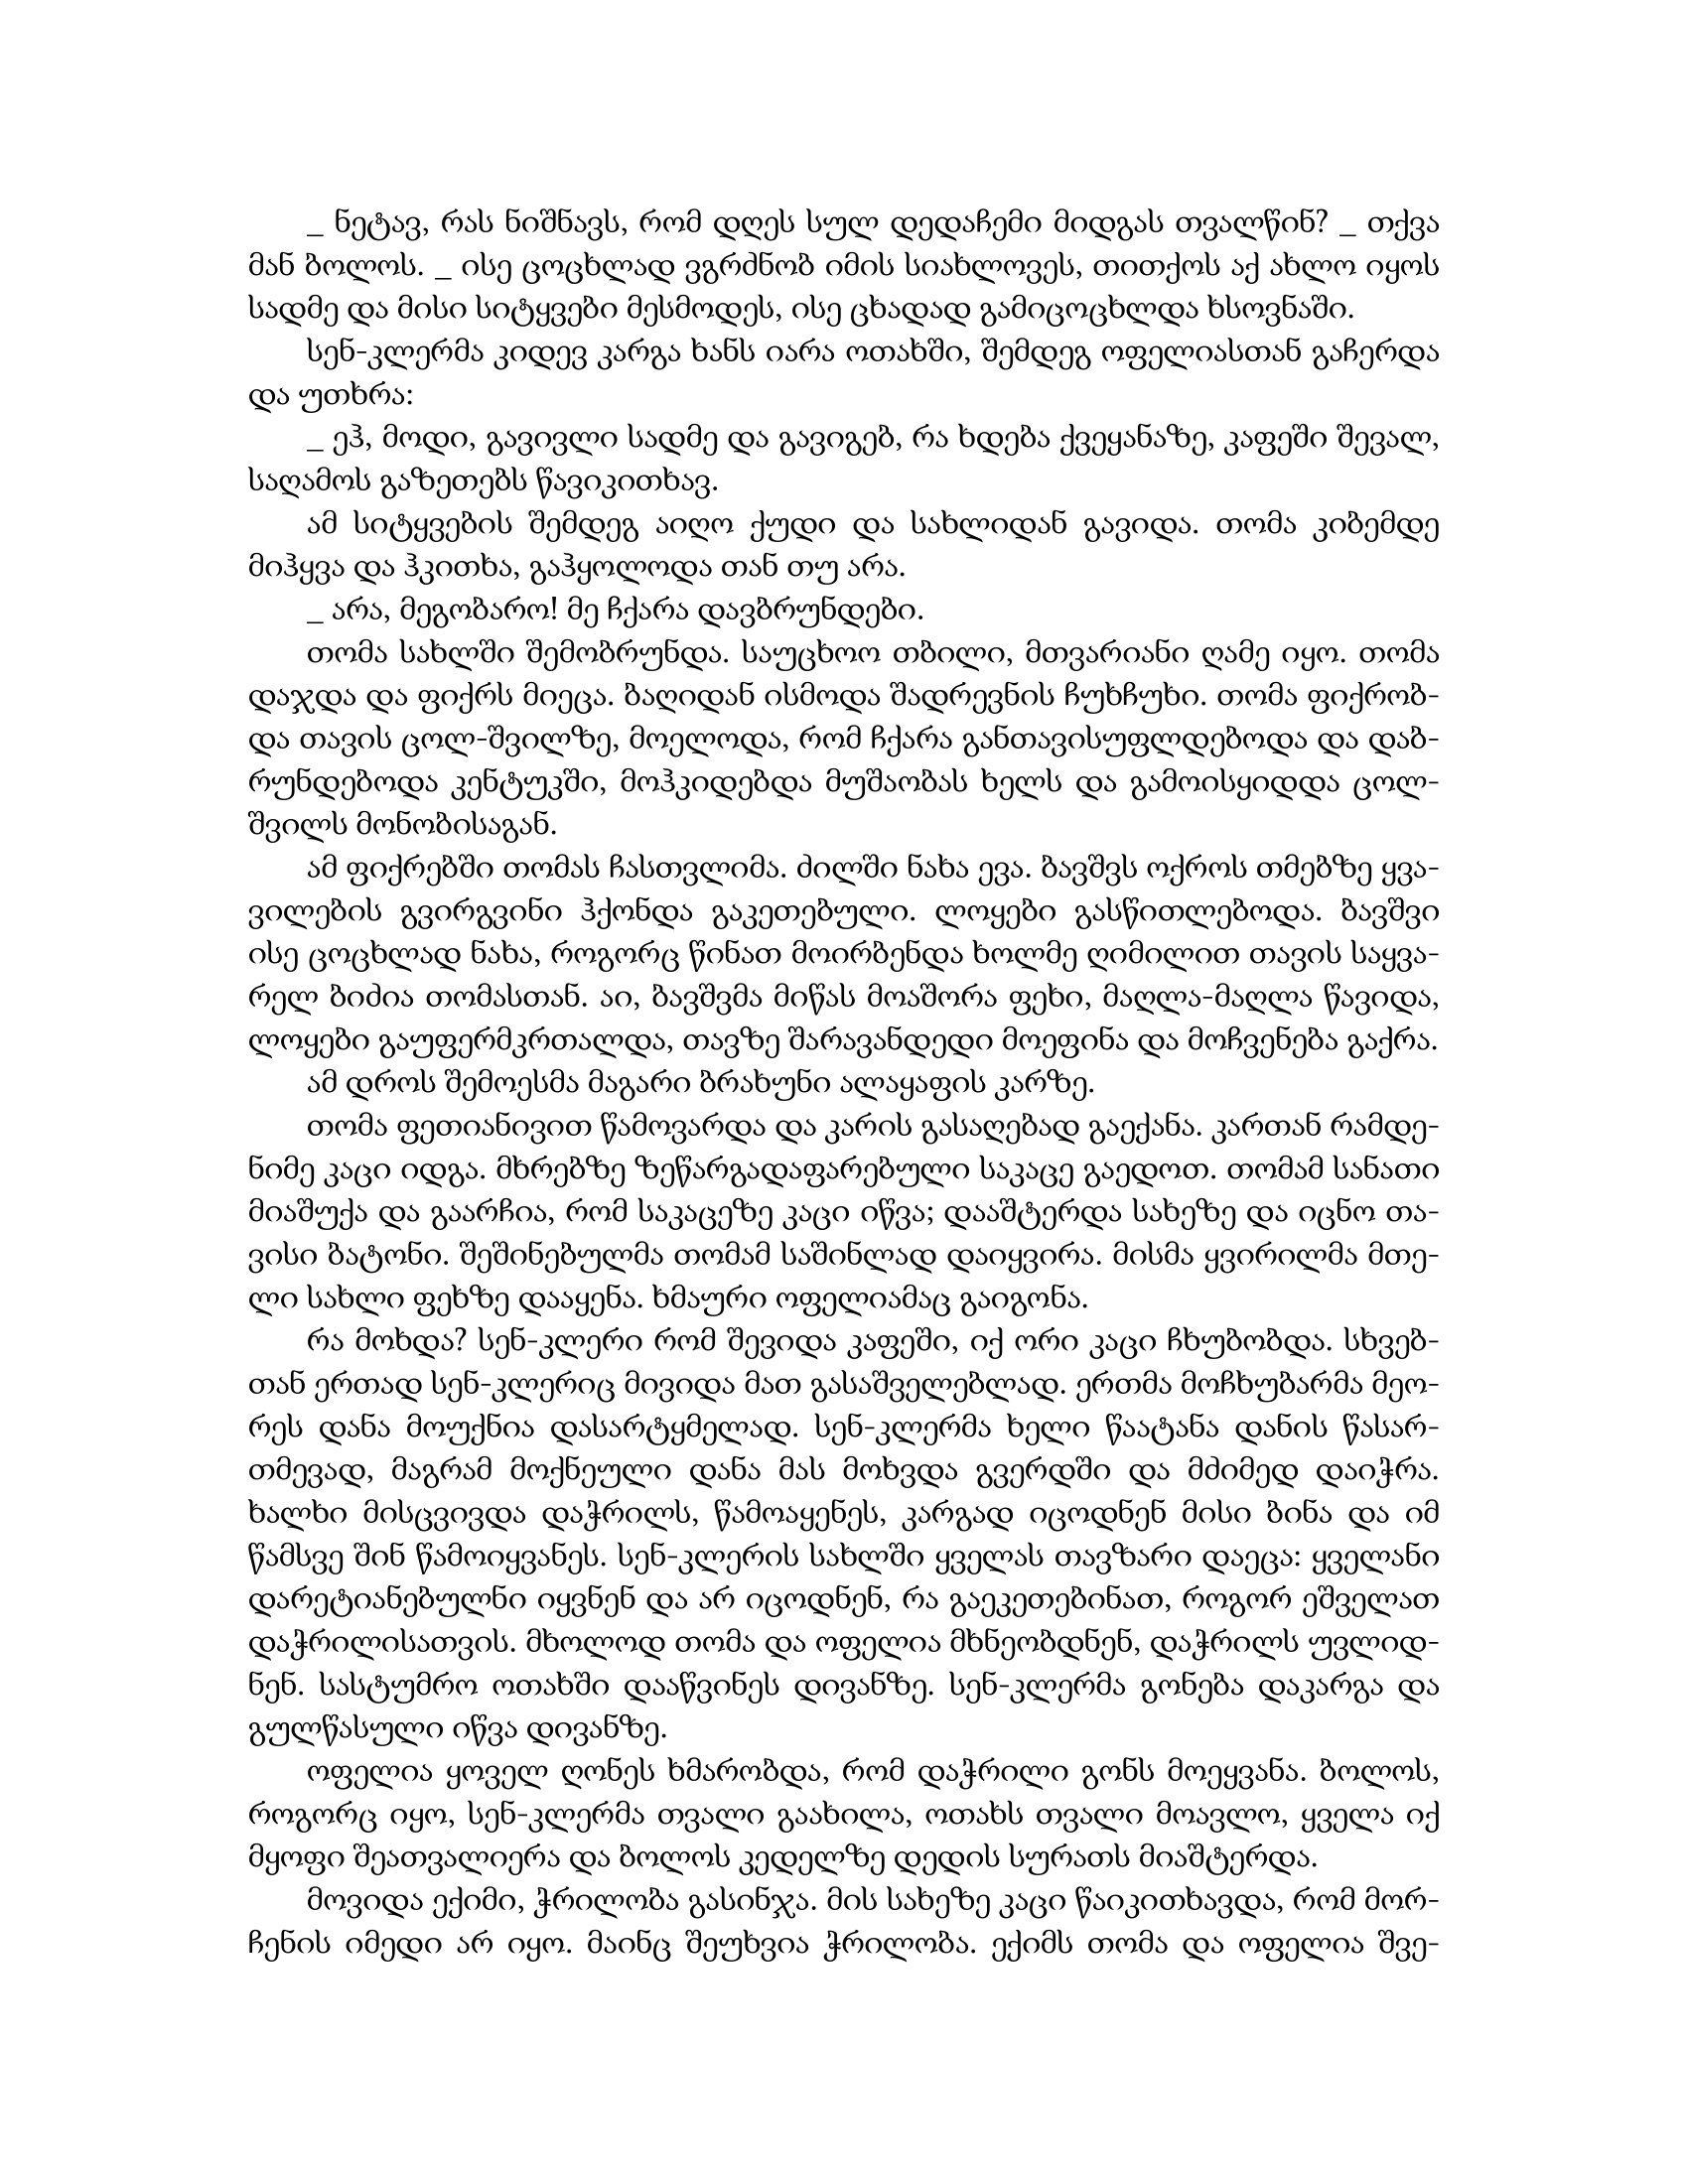
Language: gr